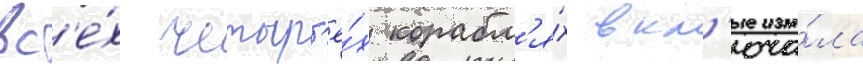
вс'е́х четыр'ё́х корабл'я́х вкл'юча́ла